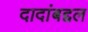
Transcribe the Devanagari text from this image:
दादांबद्दल